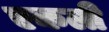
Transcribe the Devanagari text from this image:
एकली